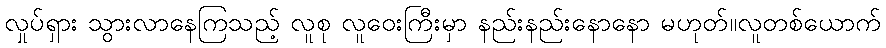
လှုပ်ရှား သွားလာနေကြသည့် လူစု လူဝေးကြီးမှာ နည်းနည်းနောနော မဟုတ်။လူတစ်ယောက်